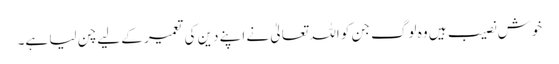
خوش نصیب ہیں وہ لوگ جن کو اللہ تعالیٰ نے اپنے دین کی تعمیر کے لیے چن لیا ہے۔